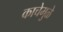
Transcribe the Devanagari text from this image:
काचेमुळे